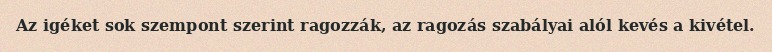
Az igéket sok szempont szerint ragozzák, az ragozás szabályai alól kevés a kivétel.